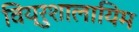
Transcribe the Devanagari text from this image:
विय्रुशालायिम